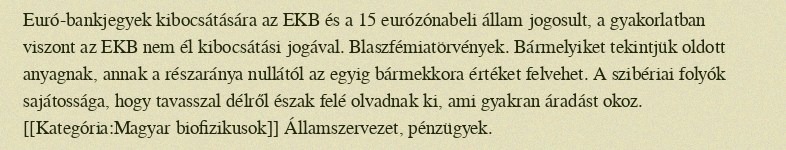
Euró-bankjegyek kibocsátására az EKB és a 15 eurózónabeli állam jogosult, a gyakorlatban viszont az EKB nem él kibocsátási jogával. Blaszfémiatörvények. Bármelyiket tekintjük oldott anyagnak, annak a részaránya nullától az egyig bármekkora értéket felvehet. A szibériai folyók sajátossága, hogy tavasszal délről észak felé olvadnak ki, ami gyakran áradást okoz. [[Kategória:Magyar biofizikusok]] Államszervezet, pénzügyek.